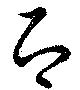
即